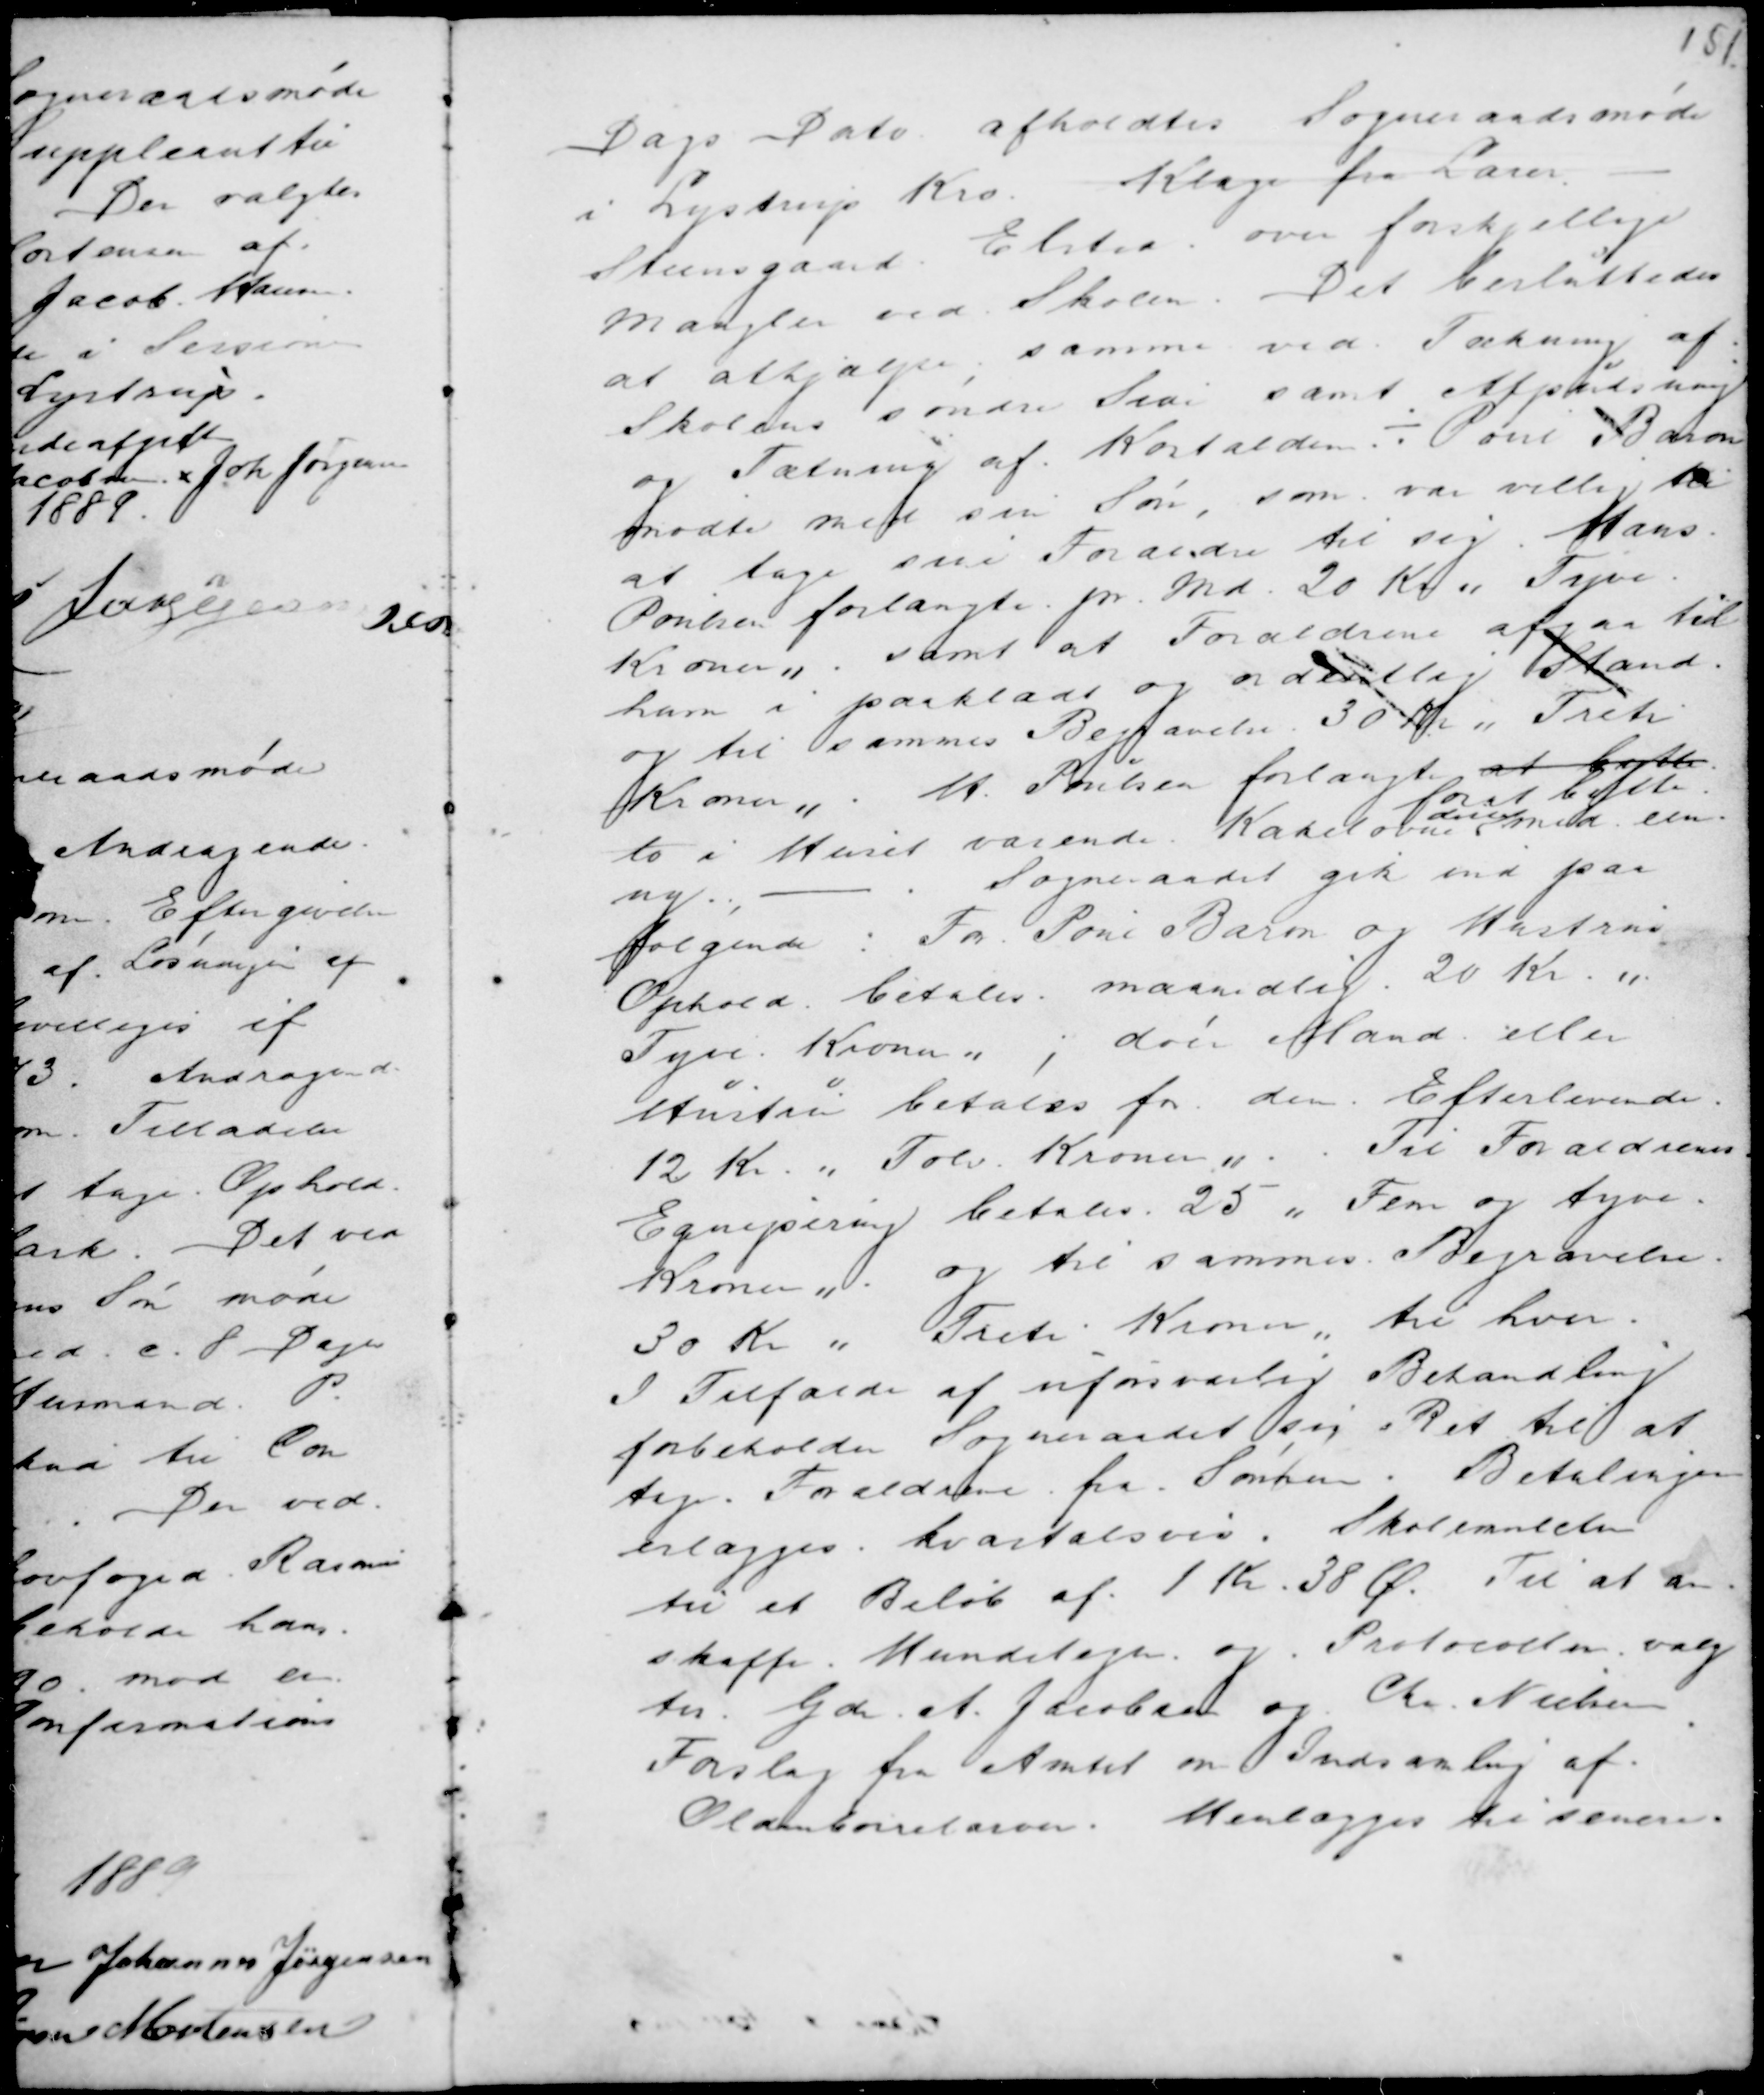
Transskription:
Dags Dato afholdtes Sogneraadsmøde
i Lystrup Kro. Klage fra Lærer -
Steensgaard . Elsted . over forskjellige
mangler ved Skolen. Det besluttedes
at afhjælpe samme ved Tækning af :
Skolens søndre Side samt Afpudsning
og Tætning af Kostalden. ÷ Poul Baron
mødte med sin Søn, som var villig til
at tage sine Forældre til sig. Hans
Poulsen forlangte pr. md. 20 Kr " Tyve
Kroner " . samt at Forældrene afgaa til
ham i paaklædt og ordentlig Stand.
og til sammes Begravelse 30 Kr "Treti
Kroner" . H. Poulsen forlangte at bytte
for at bytte
to i Huset værende Kakelovne
med een
ny., - .
Sogneraadet gik ind paa
følgende : For Poul Baron og Hustrus
Ophold betales maanedlig 20 Kr. "
Tyve Kroner " ; døer Mand eller
Hustru betales for den Efterlevende
12 Kr. " Tolv Kroner " . . Til Forældrenes
Egenspisning betales 25 " Fem og tyve
Kroner " og til sammes Begravelse
30 Kr " Treti Kroner " til hver.
I Tilfælde af uforsvarlig Behandling
forbeholder Sogneraadet sig Ret til at
tage Forældrene fra Sønnen. Betalingen
erlægges kvartalsvis. Skolemulcter
til et Beløb af 1 Kr 38 Ø. Til at an-
skaffe Hundetegn . og . Protocollen valg
tes Gdr. A. Jacobsen Chr. Nielsen.
Forslag fra Amtet om Indsamling af
Oldenborrelarver. Henlægges til senere.